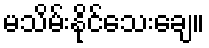
မသိမ်းနိုင်သေးချေ။